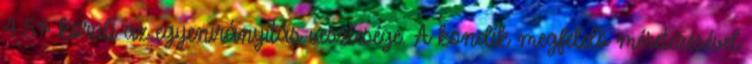
4.5% körüli az egyenirányítás vesztesége. A kondik megfelelõ méretezésével